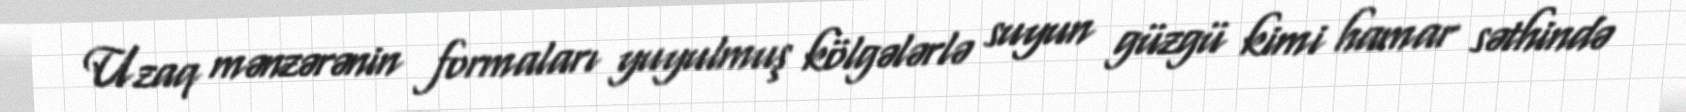
Uzaq mənzərənin formaları yuyulmuş kölgələrlə suyun güzgü kimi hamar səthində